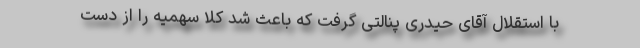
با استقلال آقای حیدری پنالتی گرفت که باعث شد کلا سهمیه را از دست